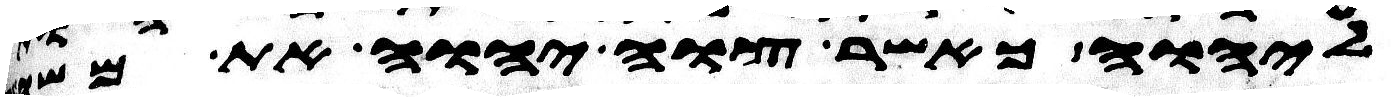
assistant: ליהוה כאשר צוה יהוה את משה